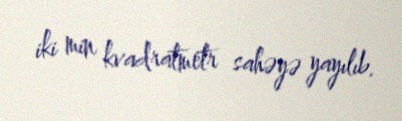
iki min kvadratmetr sahəyə yayılıb.